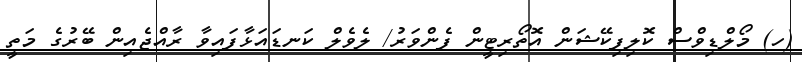
(ހ) މޯލްޑިވްސް ކޮލިފިކޭޝަން އޮތޯރިޓީން ފެންވަރު/ ލެވެލް ކަނޑައަޅާފައިވާ ރާއްޖެއިން ބޭރުގެ މަތީ